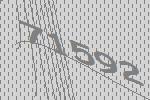
71592